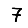
Digit: 7